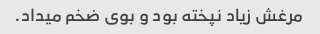
مرغش زیاد نپخته بود و بوی ضخم میداد.